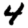
Digit: 4